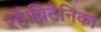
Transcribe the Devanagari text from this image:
रहें।ब्रिटैनिका